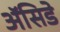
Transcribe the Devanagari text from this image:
ॲसिडे